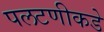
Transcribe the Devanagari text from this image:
पलटणीकडे